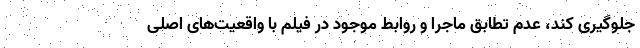
جلوگیری کند، عدم تطابق ماجرا و روابط موجود در فیلم با واقعیت‌های اصلی